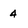
Character: 4